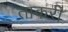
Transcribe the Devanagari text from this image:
ताकरी